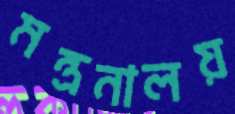
মন্ত্রনালয়